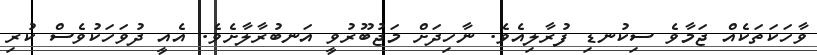
ވާހަކަތަކެއް ޖަމާވެ ސިކުނޑި ފުރާލިއެވެ. ނާހިދަށް މަޖުބޫރުވީ އަނބުރާލާށެވެ. އެއީ ދުވަހަކުވެސް ކުރި